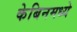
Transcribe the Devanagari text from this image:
केबिनमध्ये